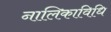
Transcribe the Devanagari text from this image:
नालिकाविधि